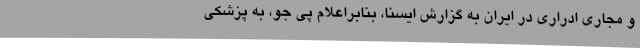
و مجاری ادراری در ایران به گزارش ایسنا، بنابراعلام پی جو، به پزشکی